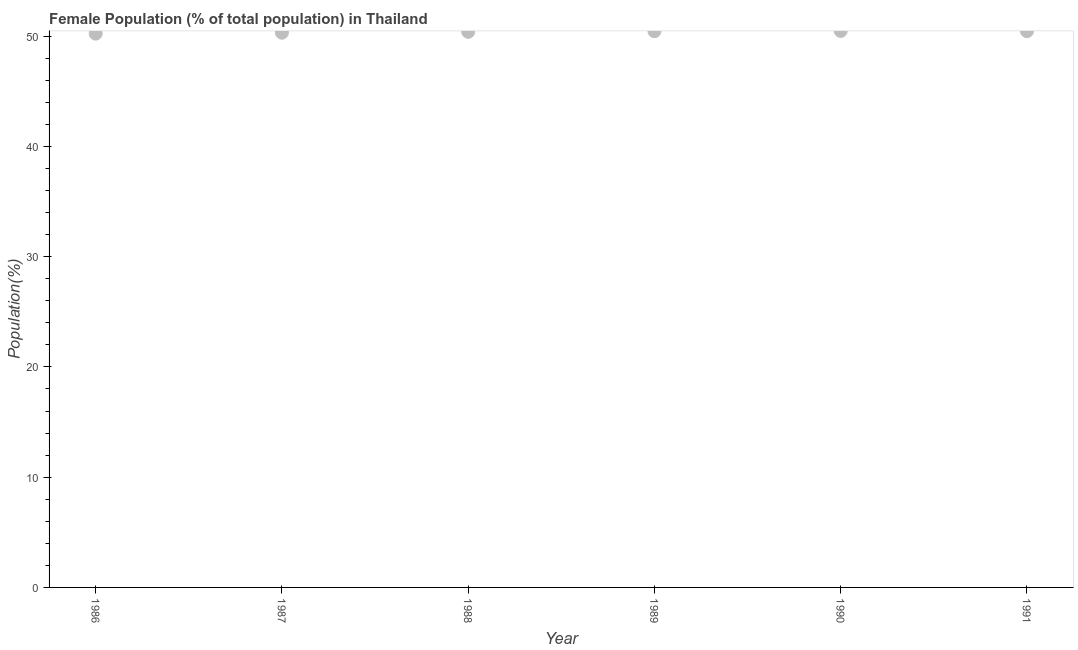
| Year | Female |
 | --- | --- |
 | 1986 | 50.2 |
 | 1987 | 50.3 |
 | 1988 | 50.4 |
 | 1989 | 50.4 |
 | 1990 | 50.5 |
 | 1991 | 50.4 |